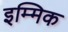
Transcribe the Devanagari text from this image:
इम्मिक